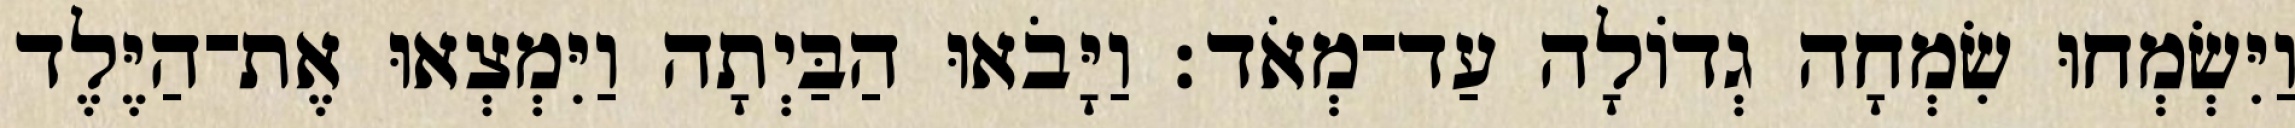
וַיִּשְׂמְחוּ שִׂמְחָה גְדוֹלָה עַד־מְאֹד׃ וַיָּבֹאוּ הַבַּיְתָה וַיִּמְצְאוּ אֶת־הַיֶּלֶד